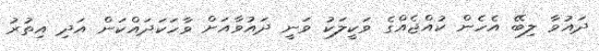
ދައުވާ ލިބޭ އެހެން ކުއްޖެއްގެ ވަކީލަކު ވަނީ ދައުވާއަށް ވާހަކަދައްކަން އަދި އިތުރު